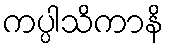
ကပ္ပါသိကာနိ